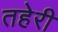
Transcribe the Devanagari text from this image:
तहेरी